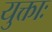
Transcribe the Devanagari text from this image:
युक्ताः